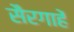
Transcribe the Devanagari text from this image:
सैरगाहें